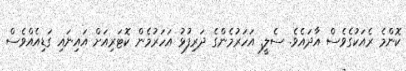
ކޮންމެ ރެއަކުގެވެސް އާދައެވެ. ސެލީ